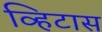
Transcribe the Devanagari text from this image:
व्हिटास